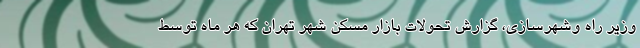
وزیر راه وشهرسازی، گزارش تحولات بازار مسکن شهر تهران که هر ماه توسط